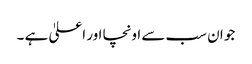
جو ان سب سے اونچا اور اعلیٰ ہے ۔